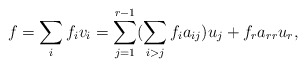
\begin{align*}f=\sum_{i}f_iv_i=\sum_{j=1}^{r-1}(\sum_{i>j}f_ia_{ij})u_j+f_ra_{rr}u_r,\end{align*}